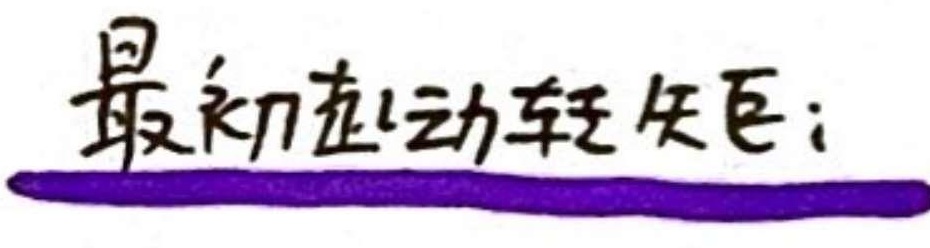
最初应动轻矢：